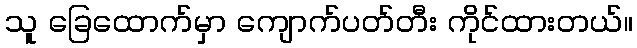
သူ ခြေထောက်မှာ ကျောက်ပတ်တီး ကိုင်ထားတယ်။